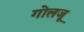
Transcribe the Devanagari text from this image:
गोलजू